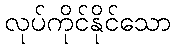
လုပ်ကိုင်နိုင်သော